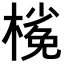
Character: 𣘽